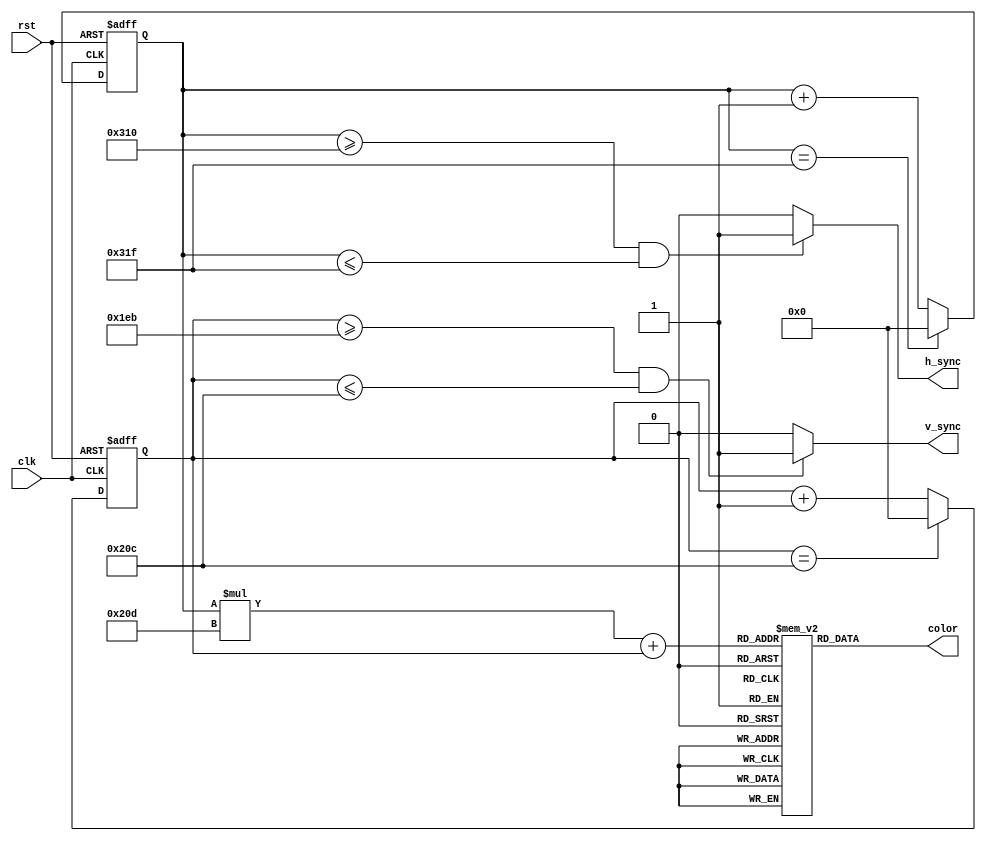
module VGA_Controller(
    input clk,
    input rst,
    output reg h_sync,
    output reg v_sync,
    output reg [2:0] color
);

// Definition of necessary modules

// Horizontal counter for tracking current position on the screen
reg [10:0] h_count;
always @(posedge clk or posedge rst) begin
    if(rst) begin
        h_count <= 0;
    end else begin
        if(h_count == 799)
            h_count <= 0;
        else
            h_count <= h_count + 1;
    end
end

// Vertical counter for tracking current position on the screen
reg [10:0] v_count;
always @(posedge clk or posedge rst) begin
    if(rst) begin
        v_count <= 0;
    end else begin
        if(v_count == 524)
            v_count <= 0;
        else
            v_count <= v_count + 1;
    end
end

// Logic for generating horizontal and vertical synchronization signals
always @(h_count, v_count) begin
    if(h_count >= 784 && h_count <= 799)
        h_sync <= 1;
    else
        h_sync <= 0;
    
    if(v_count >= 491 && v_count <= 524)
        v_sync <= 1;
    else
        v_sync <= 0;
end

// Memory block for storing pixel color data
reg [2:0] pixel_color_data [799:0][524:0]; // 800x525 resolution
// Code to populate pixel_color_data array with color data goes here

// State machine to control operation of VGA controller
reg [1:0] state;
parameter IDLE = 2'b00;
parameter DISPLAY = 2'b01;
always @(posedge clk or posedge rst) begin
    if(rst)
        state <= IDLE;
    else begin
        case(state)
            IDLE: begin
                state <= DISPLAY;
            end
            DISPLAY: begin
                if(h_count == 799 && v_count == 524)
                    state <= IDLE;
            end
        endcase
    end
end

// Logic for retrieving color data from memory block based on current position
always @(*) begin
    color <= pixel_color_data[h_count][v_count];
end

endmodule